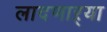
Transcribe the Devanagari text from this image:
लादणाऱ्या